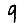
Digit: 9